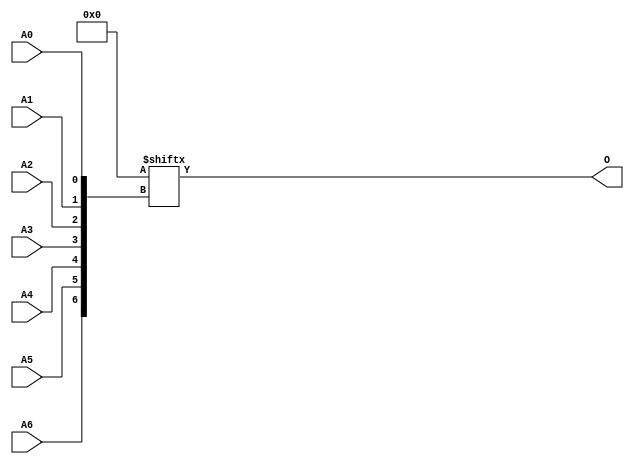
// $Header: /devl/xcs/repo/env/Databases/CAEInterfaces/verunilibs/data/unisims/ROM128X1.v,v 1.9 2007/05/23 21:43:44 patrickp Exp $
///////////////////////////////////////////////////////////////////////////////
// Copyright (c) 1995/2004 Xilinx, Inc.
// All Right Reserved.
///////////////////////////////////////////////////////////////////////////////
//   ____  ____
//  /   /\/   /
// /___/  \  /    Vendor : Xilinx
// \   \   \/     Version : 10.1
//  \   \         Description : Xilinx Functional Simulation Library Component
//  /   /                  128-Deep by 1-Wide ROM
// /___/   /\     Filename : ROM128X1.v
// \   \  /  \    Timestamp : Thu Mar 25 16:43:39 PST 2004
//  \___\/\___\
//
// Revision:
//    03/23/04 - Initial version.
//    02/04/05 - Rev 0.0.1 Remove input/output bufs; Remove for-loop in initial block;
//    05/23/07 - Changed timescale to 1 ps / 1 ps.

`timescale  1 ps / 1 ps


module ROM128X1 (O, A0, A1, A2, A3, A4, A5, A6);

    parameter INIT = 128'h00000000000000000000000000000000;

    output O;

    input  A0, A1, A2, A3, A4, A5, A6;

    reg [127:0] mem;

    initial 
            mem = INIT;

    assign O = mem[{A6, A5, A4, A3, A2, A1, A0}];


endmodule